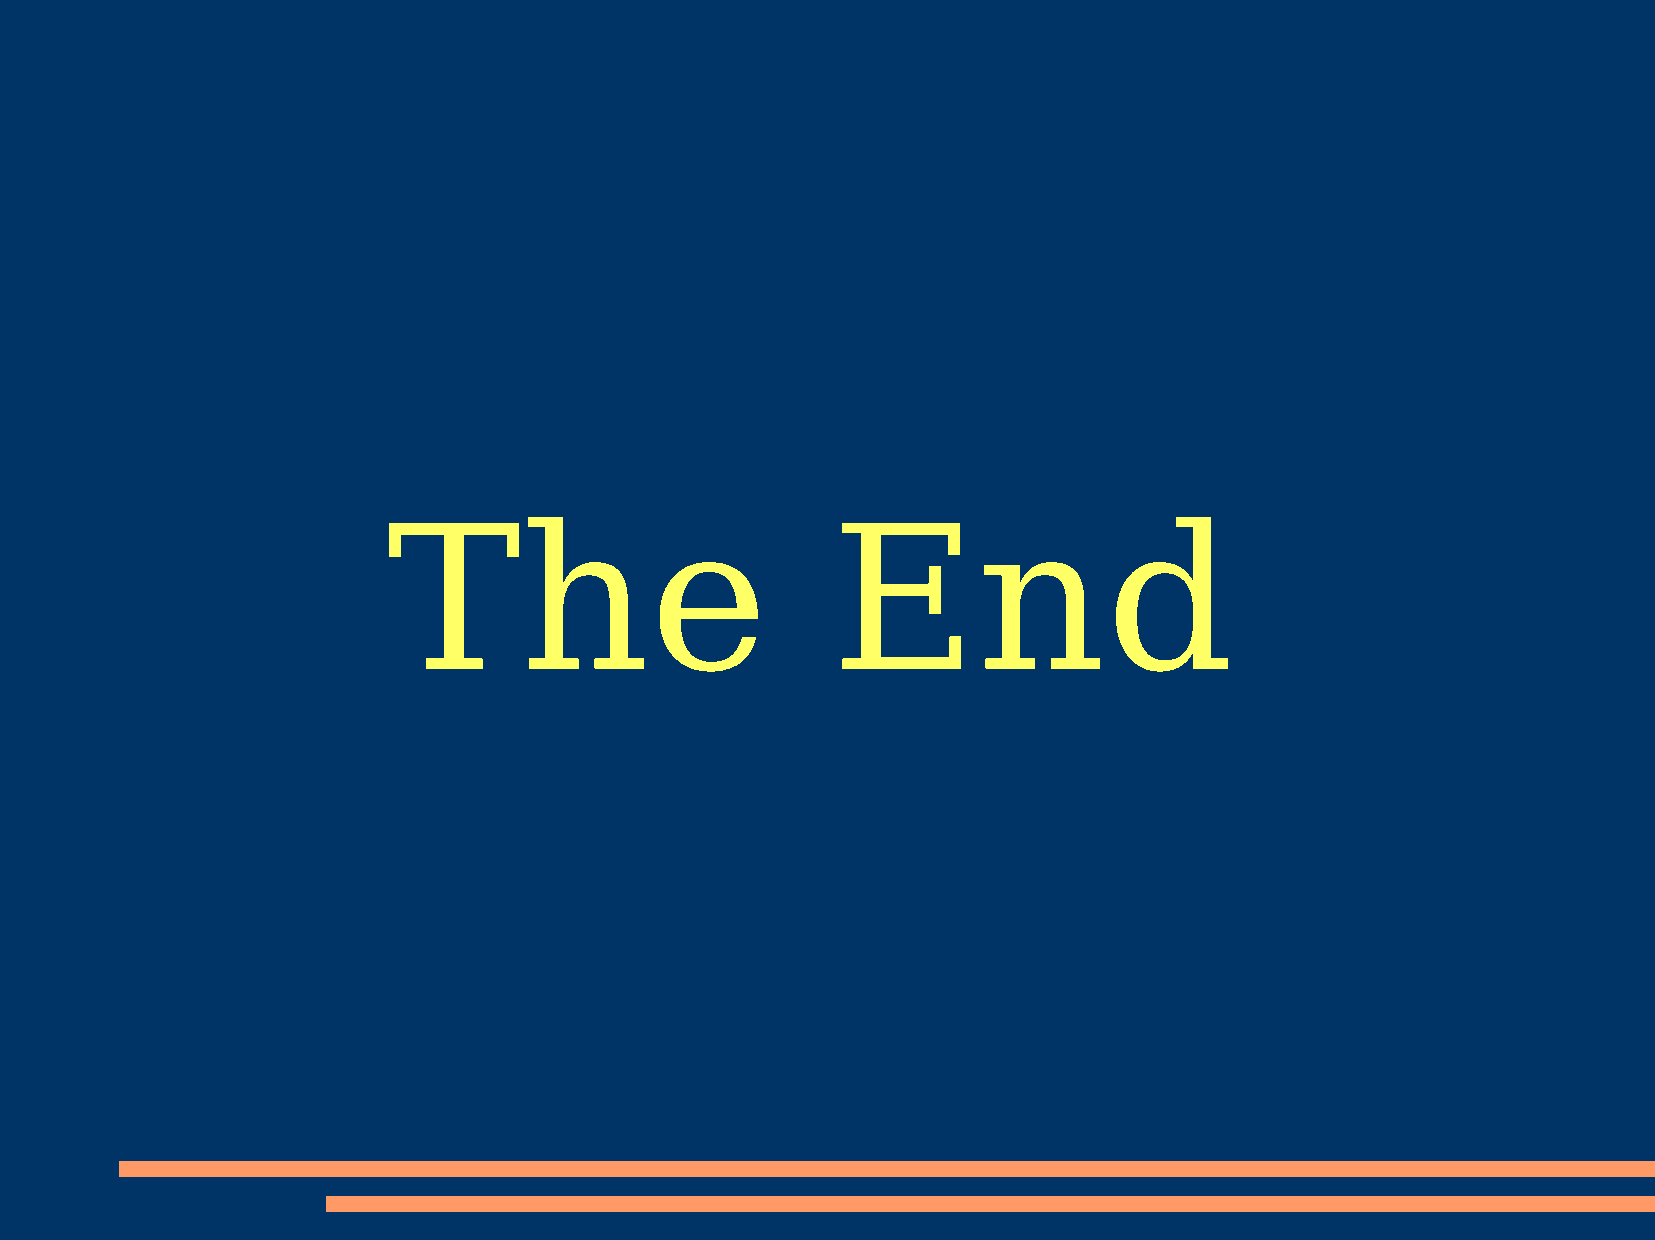
The                          End